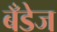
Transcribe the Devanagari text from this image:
बँडेज